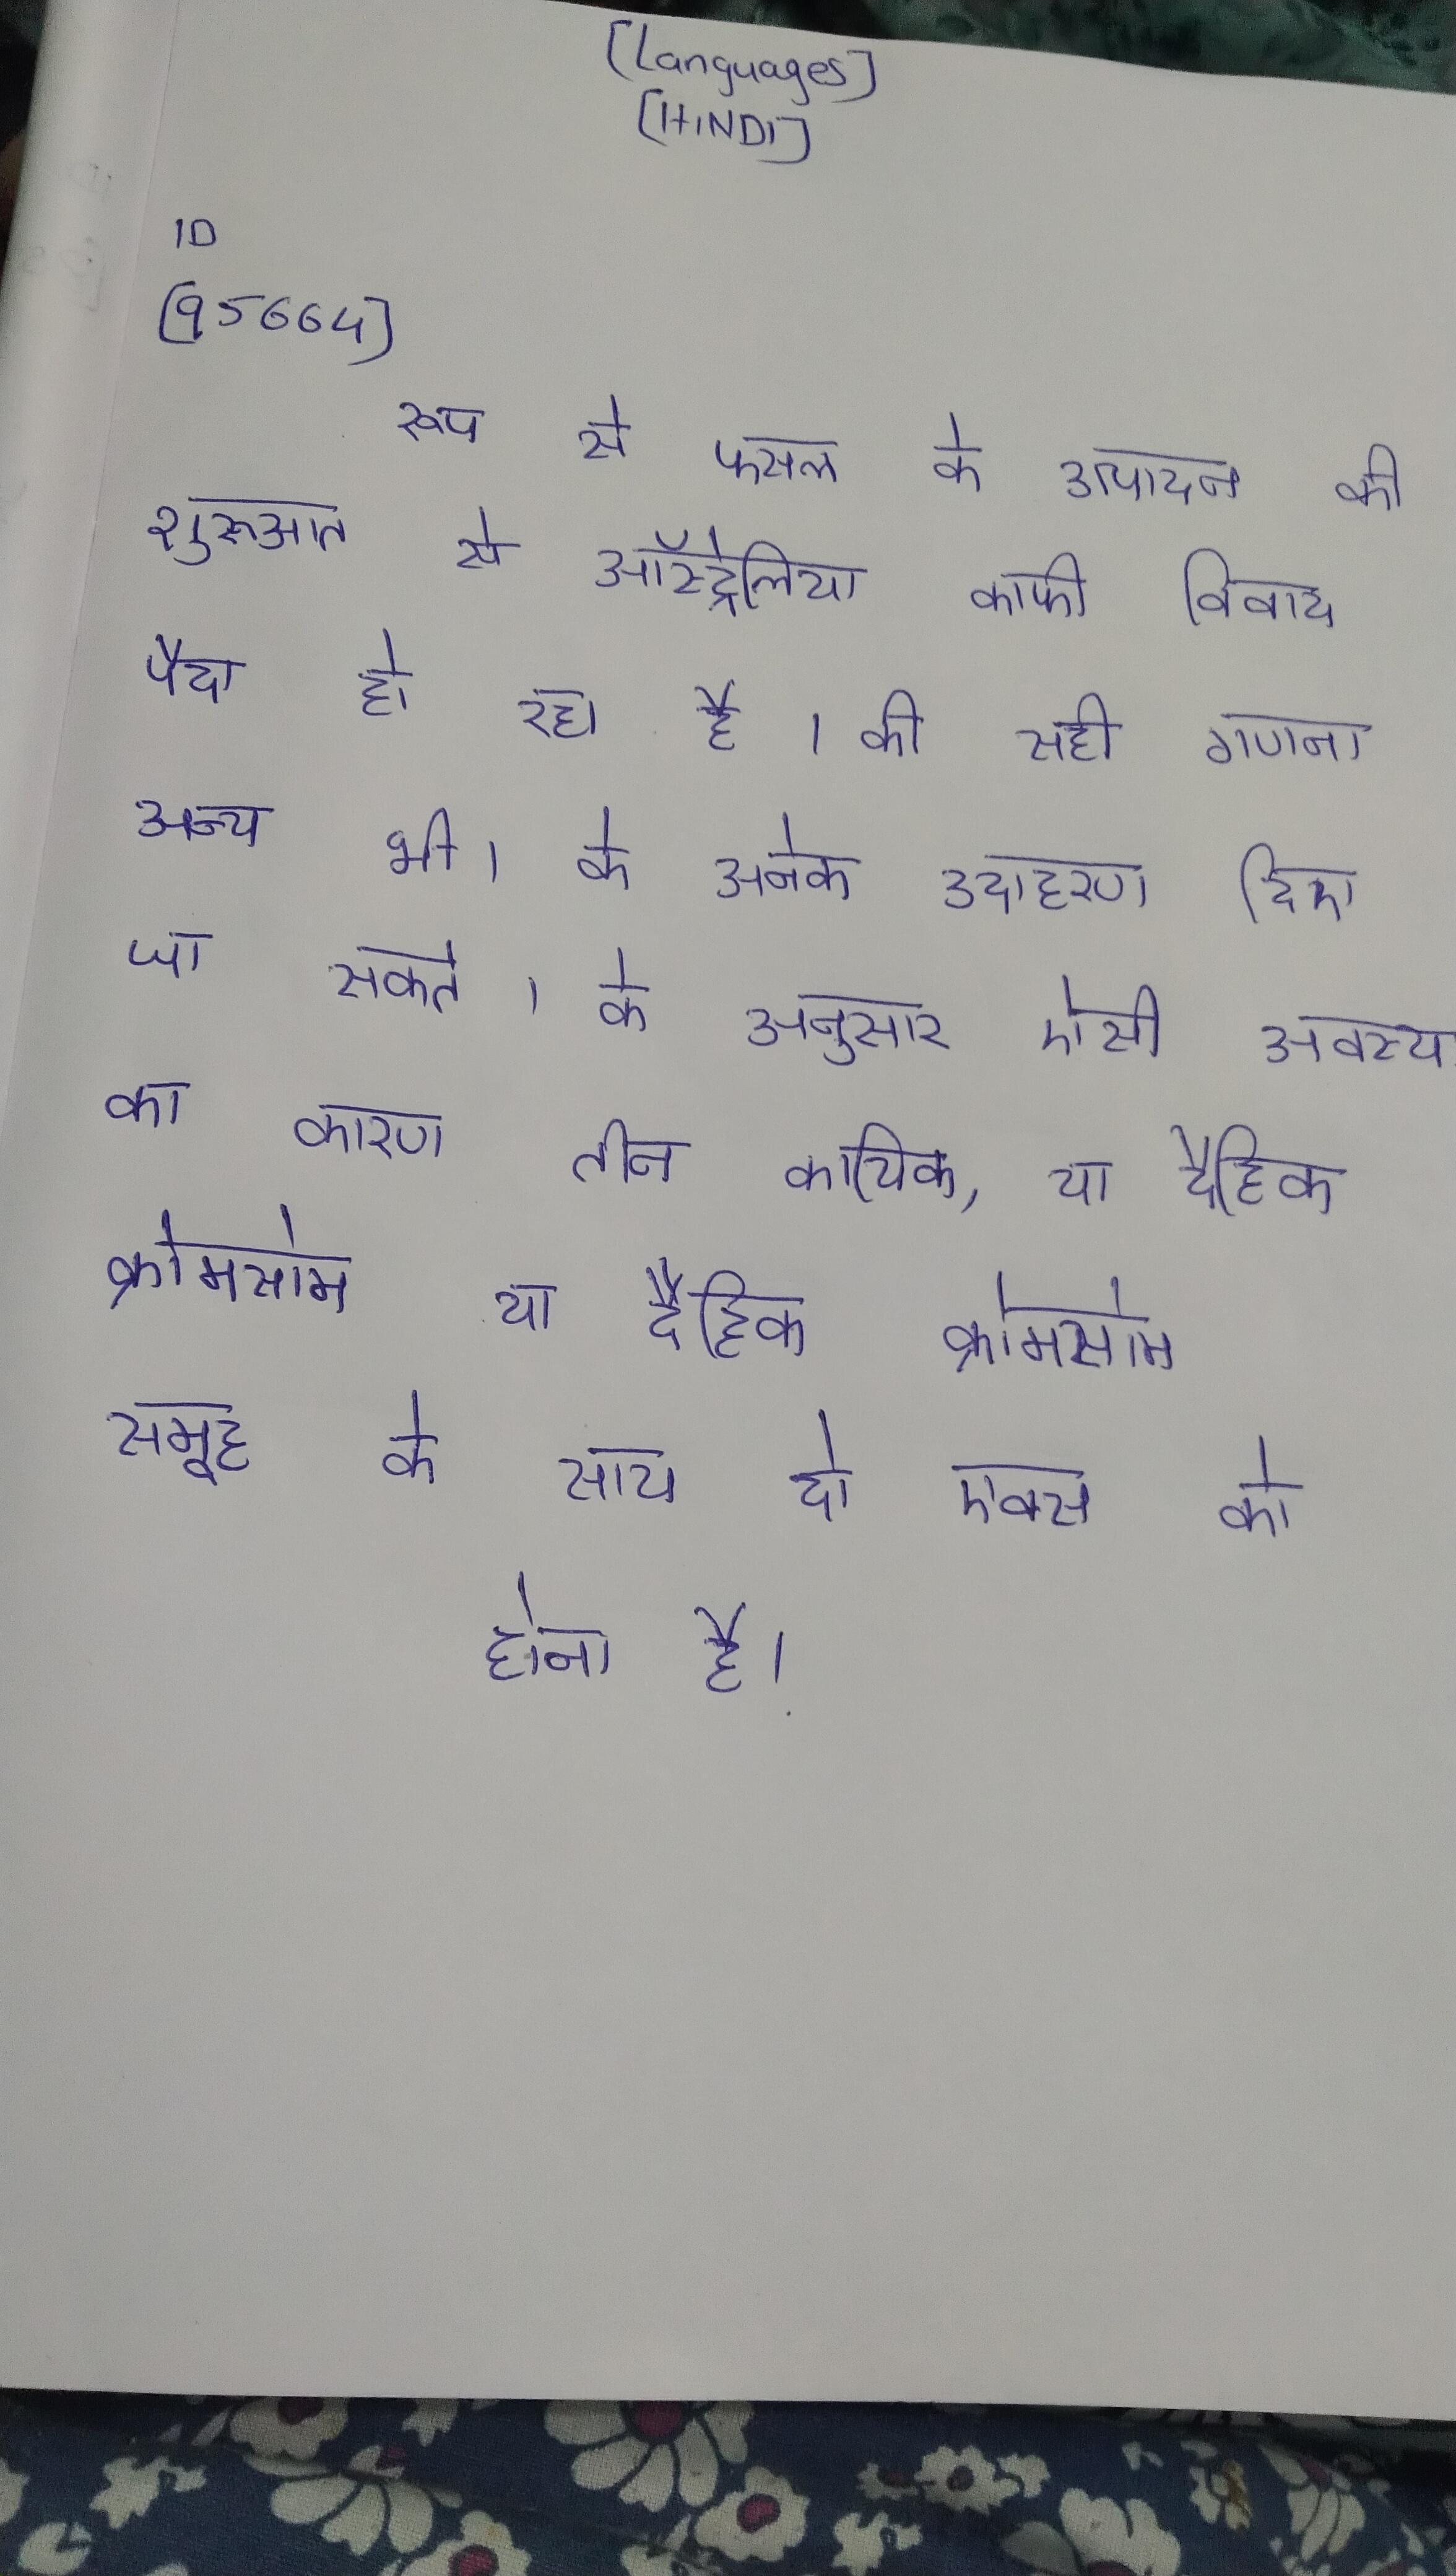
रूप से फसल के उत्पादन की शुरुआत से ऑस्ट्रेलिया काफी विवाद पैदा हो रहा है । की सही गणना अन्य भी । के अनेक उदाहरण दिए जा सकते । के अनुसार ऐसी अवस्था का कारण तीन कायिक, या दैहिक क्रोमसोम समूह के साथ दो एक्स का होना है ।